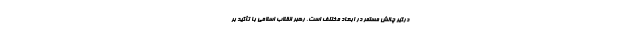
درگیر چالش مستمر در ابعاد مختلف است. رهبر انقلاب اسلامی با تأکید بر